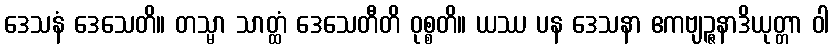
ဒေသနံ ဒေသေတိ။ တသ္မာ သာတ္ထံ ဒေသေတီတိ ဝုစ္စတိ။ ယဿ ပန ဒေသနာ ဧကဗျဉ္ဇနာဒိယုတ္တာ ဝါ